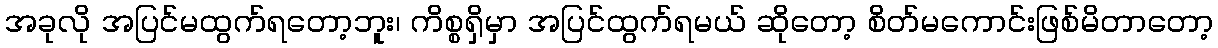
အခုလို အပြင်မထွက်ရတော့ဘူး၊ ကိစ္စရှိမှာ အပြင်ထွက်ရမယ် ဆိုတော့ စိတ်မကောင်းဖြစ်မိတာတော့